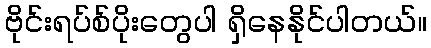
ဗိုင်းရပ်စ်ပိုးတွေပါ ရှိနေနိုင်ပါတယ်။